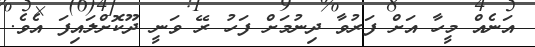
އަނެއް މީހާ އަށް ފަރުވާ ދިނުމަށް ފަހު ރޭ ވަނީ ދޫކޮށްލައިފަ އެެވެ.